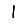
Digit: 1